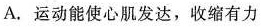
A.运动能使心肌发达，收缩有力